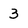
Character: 3